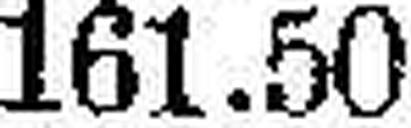
161.50